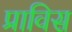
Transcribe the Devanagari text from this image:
प्राविस